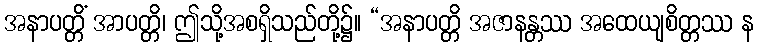
အနာပတ္တိံ အာပတ္တိ၊ ဤသို့အစရှိသည်တို့၌။ “အနာပတ္တိ အဇာနန္တဿ အထေယျစိတ္တဿ န